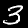
Label: 3